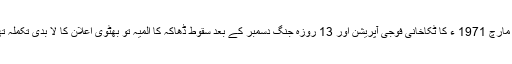
26 مارچ 1971 ء کا ٹکاخانی فوجی آپریشن اور 13 روزہ جنگ دسمبر کے بعد سقوط ڈھاکہ کا المیہ تو بھٹوی اعلان کا لا بدی تکملہ تھے۔